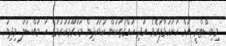
މިނިސްޓްރީ އަށް ހުށަހަޅާފައެވެ. އަދި ހައްޤުތަކުން ކުޑަކުދިން މަހުރޫމުކުރުމުގެ ހަ މައްސަލަ މިދިޔަ